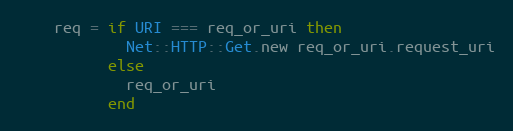
Language: Ruby
    req = if URI === req_or_uri then
            Net::HTTP::Get.new req_or_uri.request_uri
          else
            req_or_uri
          end